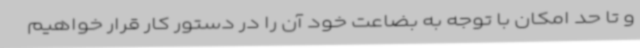
و تا حد امکان با توجه به بضاعت خود آن را در دستور کار قرار خواهیم